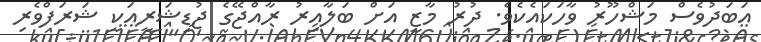
އަބަދުވެސް މަޝްހޫރު ވާހަކައެކެވެ. ދުރު މާޒީ އަށް ބަލާއިރު ރާއްޖޭގެ ޖުޑިޝަރީއަކީ ޝަރަފްވެރި